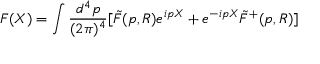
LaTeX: F ( X ) = \int \frac { d ^ { 4 } p } { ( 2 { \pi } ) ^ { 4 } } [ \tilde { F } ( p , R ) e ^ { i p X } + e ^ { - i p X } \tilde { F } ^ { + } ( p , R ) ]